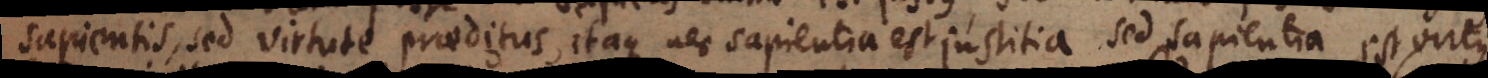
sapientis, sed virtute praeditus, itaque nec sapientia est justitia, sed sapientia est virt